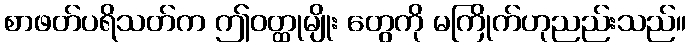
စာဖတ်ပရိသတ်က ဤဝတ္ထုမျိုး တွေကို မကြိုက်ဟုညည်းသည်။